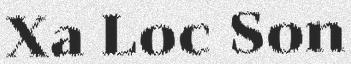
Xa Loc Son